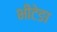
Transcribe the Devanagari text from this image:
भीटेङा